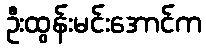
ဦးထွန်းမင်းအောင်က